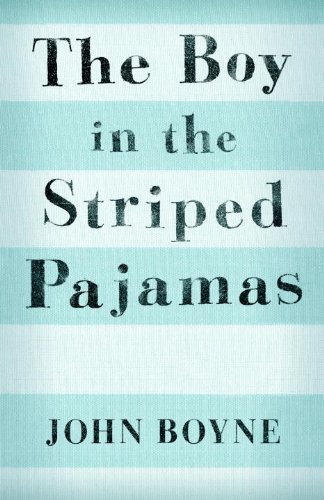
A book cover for The Boy in the Striped Pajamas (Young Reader's Choice Award - Intermediate Division); John Boyne; Teen & Young Adult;